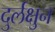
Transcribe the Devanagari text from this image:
दुर्लक्षुन